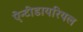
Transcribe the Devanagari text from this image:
ऐन्टीडायरियल